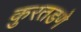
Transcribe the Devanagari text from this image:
कुरतडणे